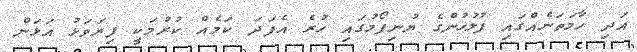
އަދި ހާމަތަނެއްގައި ފުލުހުންގެ ޔުނިފޯމުގައި ހުރެ އެފަދަ ކަމެއް ކުރުމަކީ ފިޔަވަޅު އަޅަން